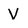
Character: V